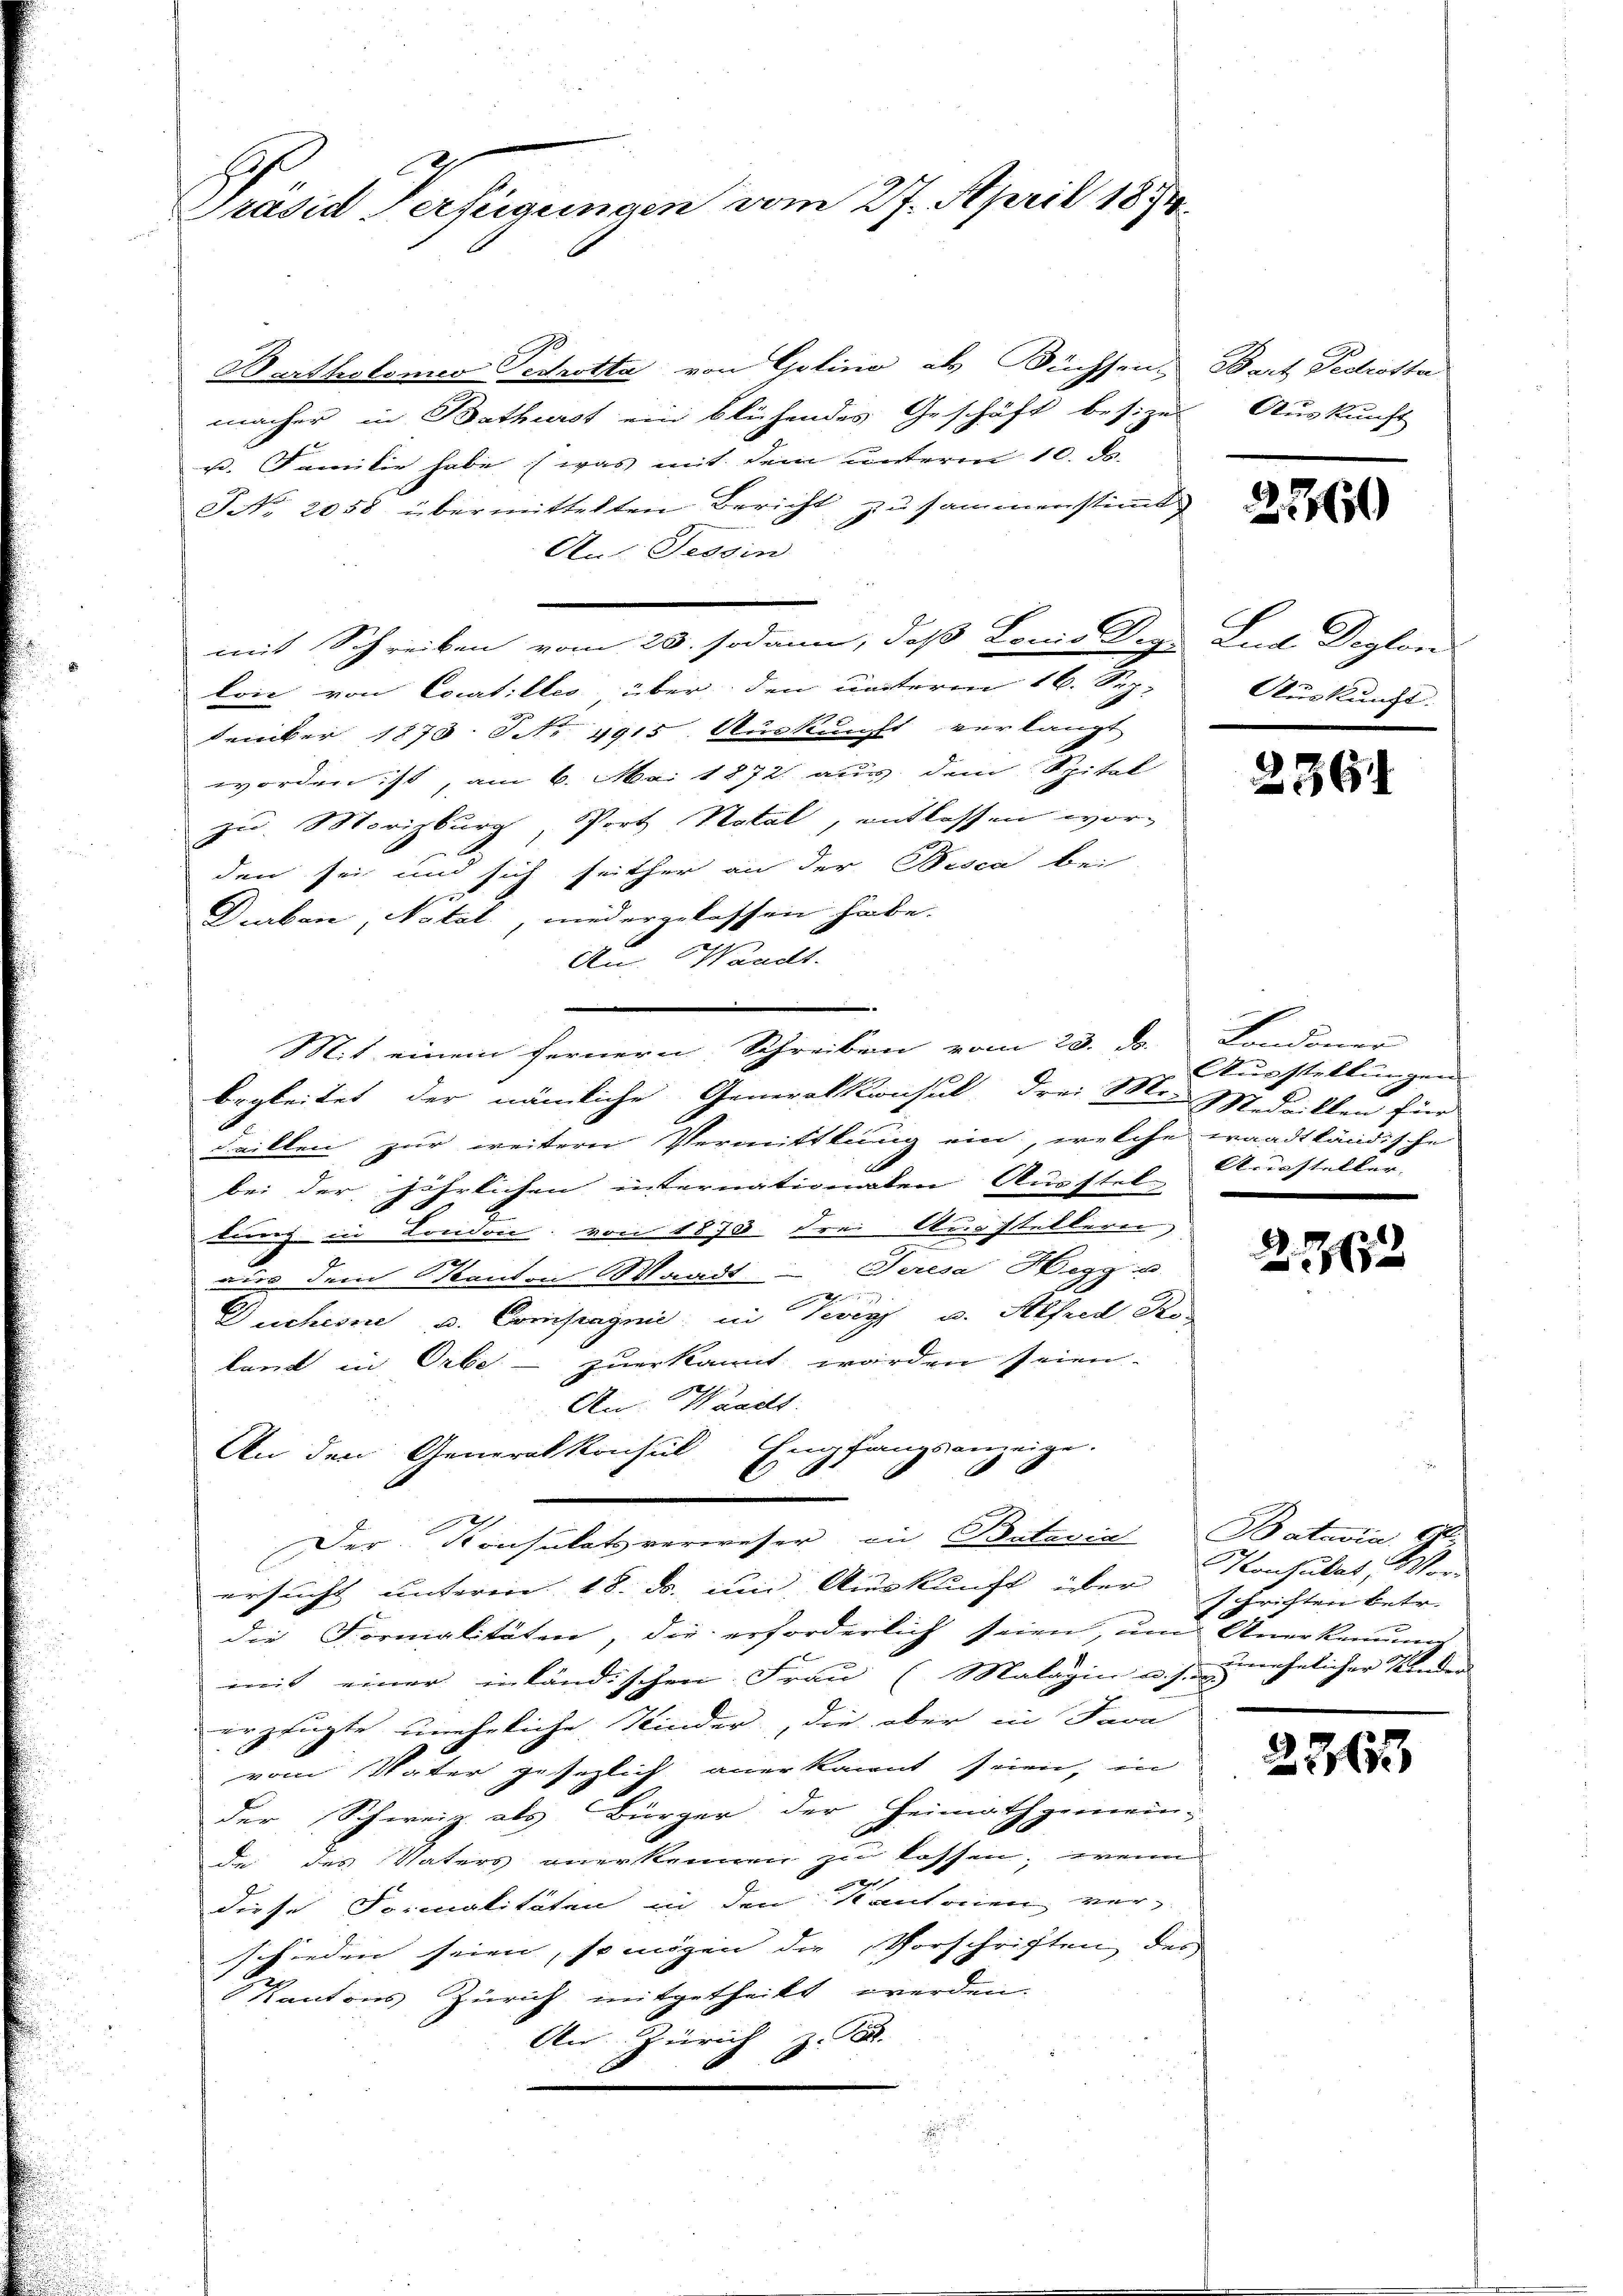
Präsid Verfügungen vom 27. April 1874.

Bartholomeo Petrotta von Gotino als Büchsen. Bart Fedrotte
macher in Bothurst ein blühendes Geschäft besize-
u. Familie habe (was mit dem unterm 10. ds.
NNo. 2058 übermittelten Bericht zusammenstimt
An Tessin
mit Schreiben vom 20. sodann, daß Lonio Deg. Lud Deglon
lon von Cocatilles, über den unterm 16. Sep.
tember 1870. Sch. 4915. Auskunft verlangt
worden ist, am 6. Mai 1872 aus dem Spital
zu. Morizburg, Port Natal, entlassen wor-
den sei und sich seither an der Besca bei
Durben, Natat, niedergelassen habe.
An Waadt.
begleitet der nämliche Generalkonsul drei Mit Medaillen für
daillen zur weitern Vermittlung ein, welche waadtländische
bei der jährlichen internationalen Ausstel
E
tung in London, von 1870 drei Ausstellerei,
E
aus dem Kanton Waadt - Seresa Hegg u.
a
t
Duchesne u. Compagnie, in Teig u. Alfred Ro
kant in Orbe. - zuerkannt worden seien.
An Waadt.
An den Generalkonsul Empfangsanzeige.
Der Konsulatsverweser in Batavia Batavia G
ersucht unterm 18. ds. um Auskunft über
die Formalitäten, die erforderlich seien, um Anerkennung
mit einer inländischen Frau (Malagin u. s. unehelicher Kinden
erzeugte uneheliche Kinder, die aber in Java
vom Vater gesezlich anerkannt seien, in
der Schweiz. als Bürger der Heimathgemein-
de des Vaters anerkennen zu lassen; wenn
f
diese Formalitäten in den Kantonien ver-
schieden seien, so mögen die Vorschriften des
Kantons Zürich mitgetheilt werden.
An Zürich z. B.
a

Mit einem fernern Schreiben vom 23. d. Londoner

Auskunft

2360

Auskunft.

236

Ausstellungen
Aussteller

222

Konsulat, Wor
schriften betr.

23633